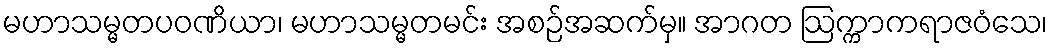
မဟာသမ္မတပဝဏိယာ၊ မဟာသမ္မတမင်း အစဉ်အဆက်မှ။ အာဂတ ဩက္ကာကရာဇဝံသေ၊